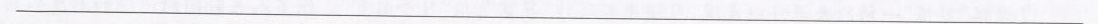
___